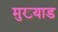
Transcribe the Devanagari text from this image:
मुख्याड